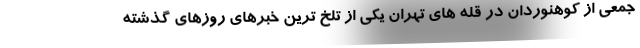
جمعی از کوهنوردان در قله های تهران یکی از تلخ ترین خبرهای روزهای گذشته